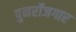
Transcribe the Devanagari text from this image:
पुनर्रोजगार